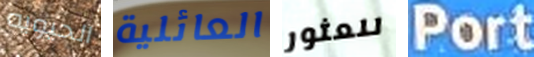
الحيويه العائلية للعثور Port